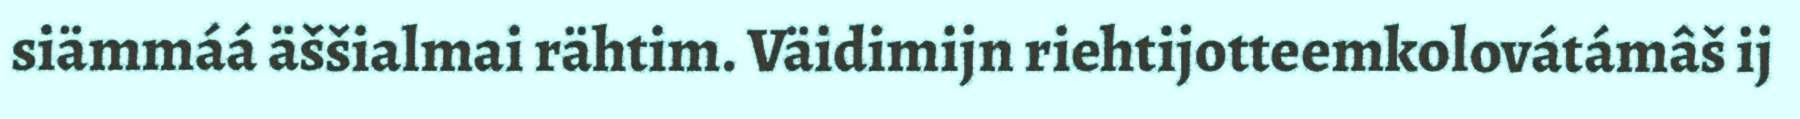
siämmáá äššialmai rähtim. Väidimijn riehtijotteemkolovátámâš ij